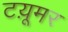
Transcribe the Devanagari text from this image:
टय़ूमर